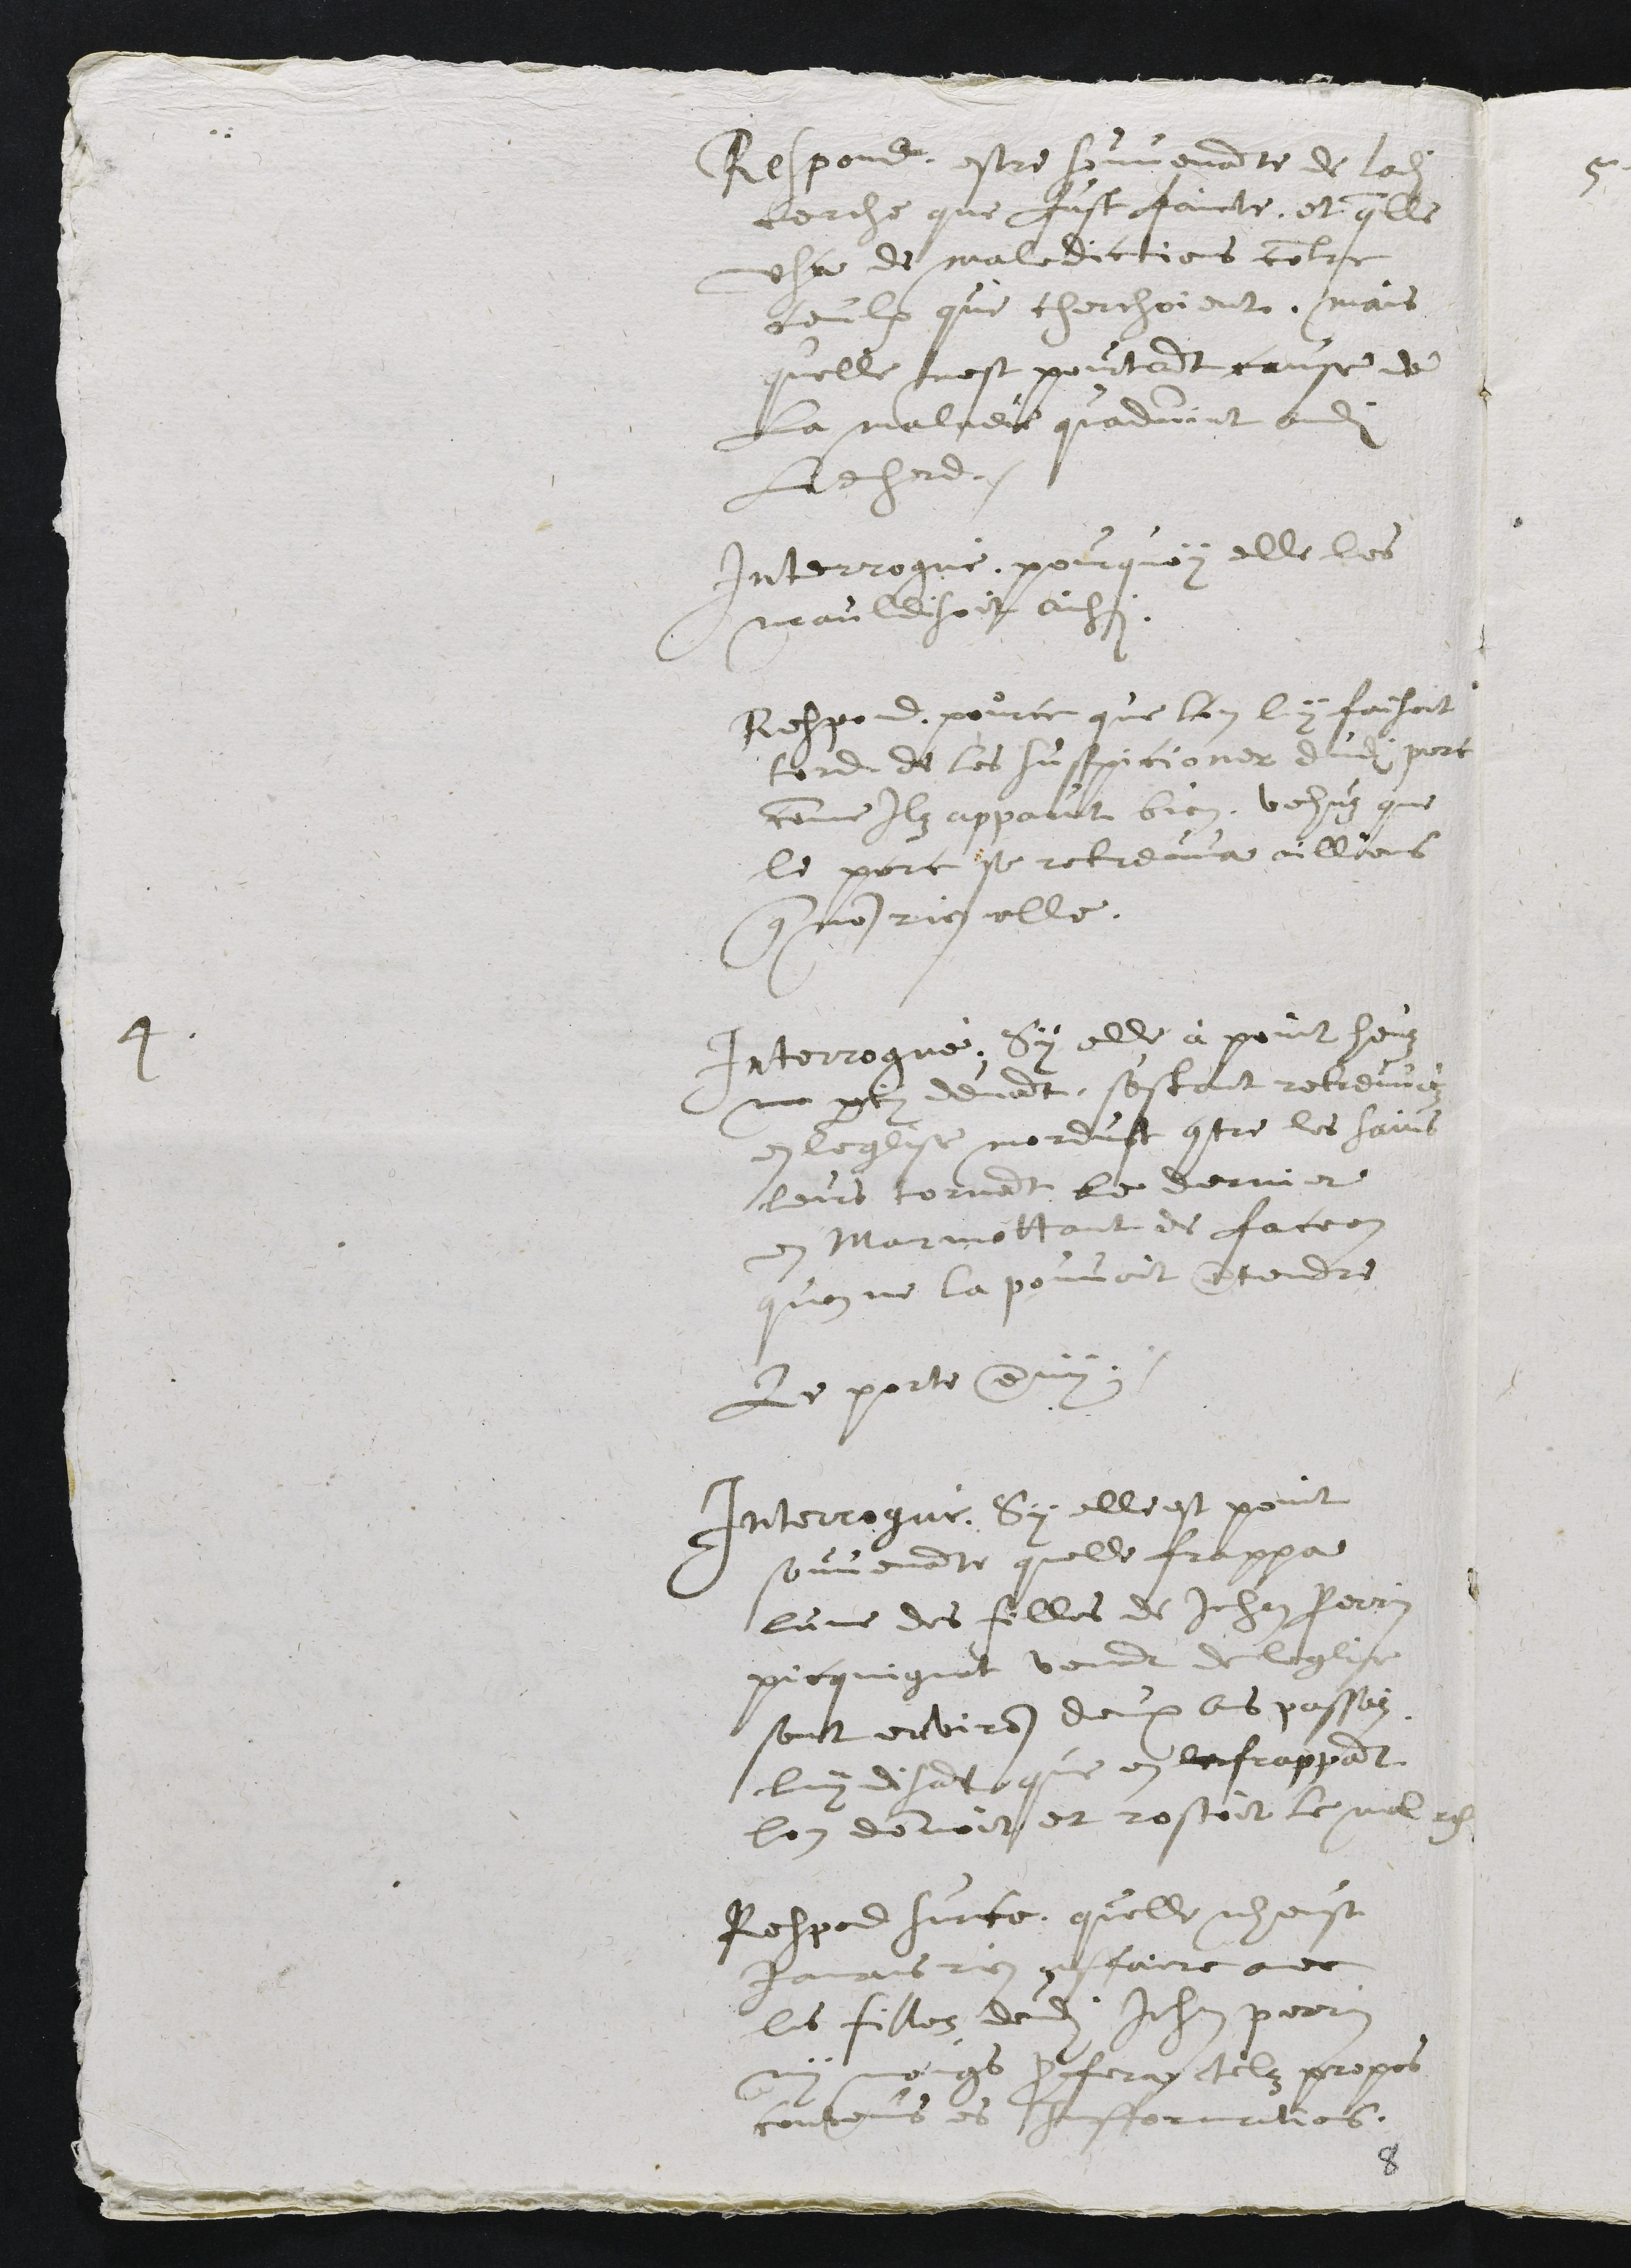
Respond, estre souvenante de ladite
cerche que fust faicte, et quelle
usa de maledictions contre
ceulx qui cherchoient, mais
quelle nest pourtant cause de
la maladie quadvint audit
Liehard.
Interrogué, pourquoy elle les
mauldisoit ainsi.
Respond, pour ce que l'on luy faisoit
tord de les suspicioner dudit porc
comme ilz apparut bien, vehuz que
le porc se retreuva aillieurs
que non rier elle.
4.
Interrogué, Sy elle à point heuz
mo par cy devant, s'estant retreuvéz
en leglise mordust contre les sains
leurs tornant le derrier
en marmottant de faceon
quon ne la pouvoit entendre.
Le porte enuy.
Interrogué, Sy elle est point
souvenante quelle frappa
lune des filles de Jehan Perrin
picquignot venant de leglise
sont environ deux ans passéz,
luy disant que en le frappant
lon donnoit et rostoit le mal res.
Respond sur ce, quelle nheust
jamais rien affaire avec
les filles dudit Jehan perrin
ny moings proferay telz propos
contenus es Infformations.